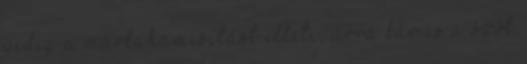
pedig a márkahamisítást illeti, arra kár is a szót